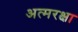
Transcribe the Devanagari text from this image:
अत्मरक्षा